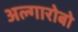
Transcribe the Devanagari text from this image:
अल्गारोबो